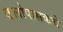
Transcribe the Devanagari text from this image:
कलोपासकचे